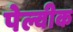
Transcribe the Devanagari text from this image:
पेल्वीक